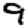
Digit: 9